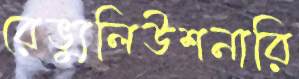
রেভ্যুলিউশনারি